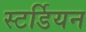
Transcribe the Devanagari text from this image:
स्टर्डियन